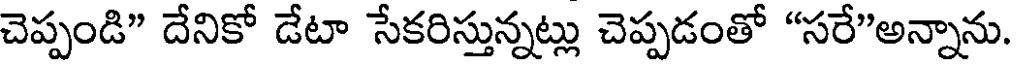
చెప్పండి" దేనికో డేటా సేకరిస్తున్నట్లు చెప్పడంతో "సరే"అన్నాను.